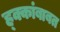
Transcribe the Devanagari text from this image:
ह्क्कांबाबत